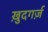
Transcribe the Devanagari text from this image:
ख़ुदगर्ज़